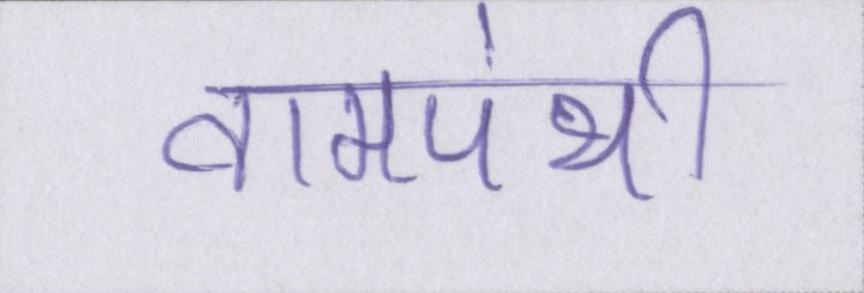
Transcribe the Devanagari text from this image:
वामपंथी